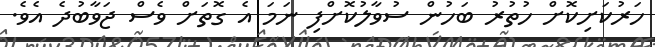
ހަރުކަށިކޮށް ހުތުރު ބަހުން ސުވާލުކޮށްފި ނަމަ އެ ގޮތަށް ވެސް ޖަވާބުދެ އެވެ.